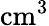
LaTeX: \mathrm{cm^{3}}